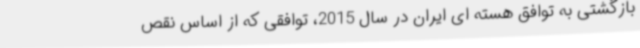
بازگشتی به توافق هسته ای ایران در سال 2015، توافقی که از اساس نقص